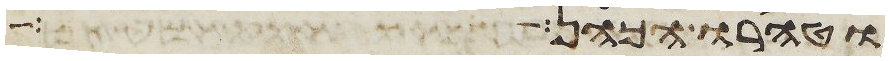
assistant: וטהרו הכהן ואיש